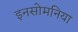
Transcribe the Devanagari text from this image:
इनसोमनिया